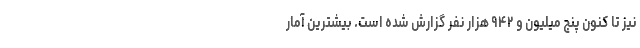
نیز تا کنون پنج میلیون و ۹۴۲ هزار نفر گزارش شده است. بیشترین آمار